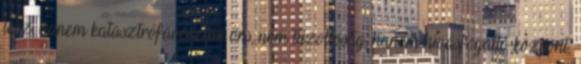
lesz, hanem katasztrófavédelmi őrs, nem tűzoltóság, hanem hívásfogadó központ,